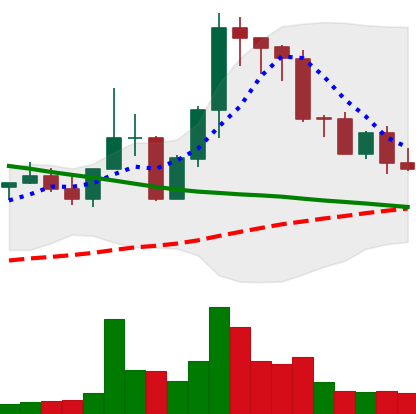
Ticker: EOS-USD
Chart end date: 2022-08-31
Forward return: 14.343%
Label: up_7plus